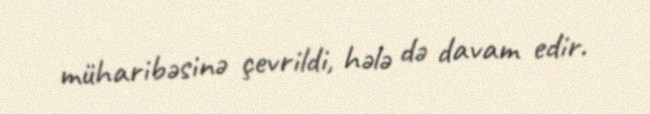
müharibəsinə çevrildi, hələ də davam edir.